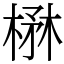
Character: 楙